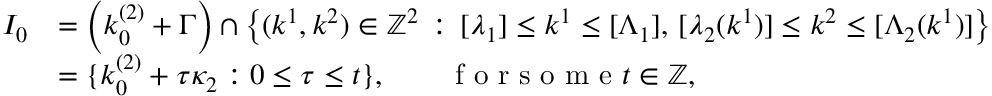
\begin{array} { r l } { I _ { 0 } } & { = \left( k _ { 0 } ^ { ( 2 ) } + \Gamma \right) \cap \left\{ ( k ^ { 1 } , k ^ { 2 } ) \in \mathbb { Z } ^ { 2 } \, : \, [ \lambda _ { 1 } ] \leq k ^ { 1 } \leq [ \Lambda _ { 1 } ] , \, [ \lambda _ { 2 } ( k ^ { 1 } ) ] \leq k ^ { 2 } \leq [ \Lambda _ { 2 } ( k ^ { 1 } ) ] \right\} } \\ & { = \{ k _ { 0 } ^ { ( 2 ) } + \tau \kappa _ { 2 } : 0 \leq \tau \leq t \} , \qquad \textnormal { f o r s o m e } t \in \mathbb { Z } , } \end{array}